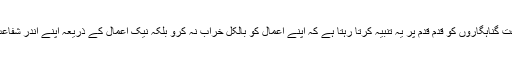
اس بنا پر مسئلہ شفاعت گناہگاروں کو قدم قدم پر یہ تنبیہ کرتا رہتا ہے کہ اپنے اعمال کو بالکل خراب نہ کرو بلکہ نیک اعمال کے ذریعہ اپنے اندر شفاعت کی لیاقت پیدا کرو۔